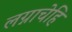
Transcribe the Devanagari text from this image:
लग्नाचेहि